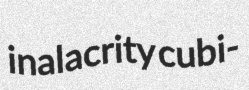
inalacrity cubi-